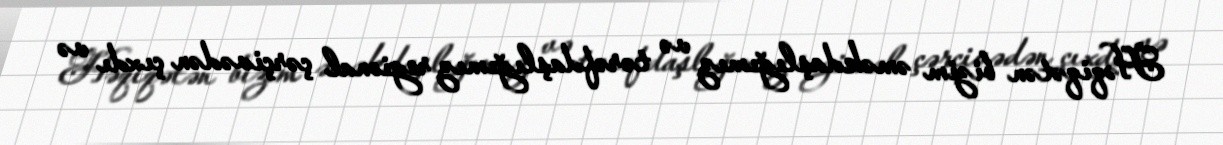
Həqiqətən bizim əməkdaşlığımız və tərəfdaşlığımız regional çərçivədən çıxdı və